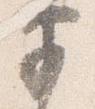
前